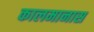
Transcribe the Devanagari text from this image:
कालमानास